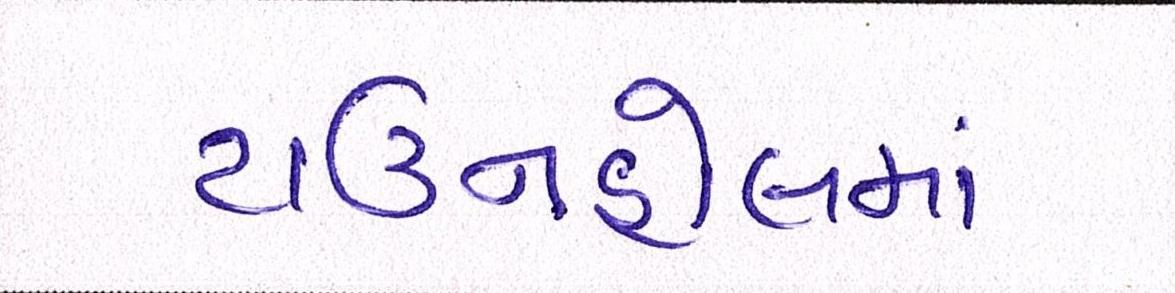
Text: ટાઉનહોલમાં